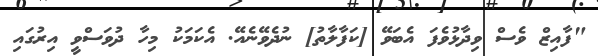
"ފާއިޒް ވެސް ވިދާޅުވެފަ އެބަވޭ [ކަފާލާތު] ނުދެވޭނެއޭ. އެކަމަކު މިހާ ދުވަސްވީ އިރުގައި